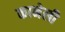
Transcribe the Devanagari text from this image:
कानेली